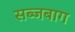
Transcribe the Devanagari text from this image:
सब्जबाग